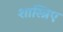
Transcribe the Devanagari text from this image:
शास्त्रिए